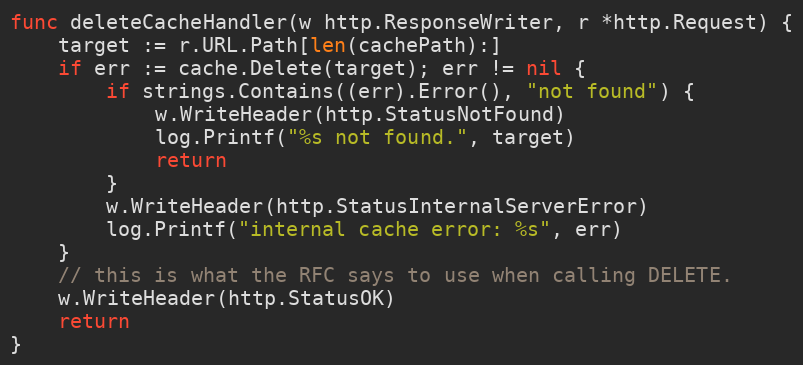
Language: Go
func deleteCacheHandler(w http.ResponseWriter, r *http.Request) {
	target := r.URL.Path[len(cachePath):]
	if err := cache.Delete(target); err != nil {
		if strings.Contains((err).Error(), "not found") {
			w.WriteHeader(http.StatusNotFound)
			log.Printf("%s not found.", target)
			return
		}
		w.WriteHeader(http.StatusInternalServerError)
		log.Printf("internal cache error: %s", err)
	}
	// this is what the RFC says to use when calling DELETE.
	w.WriteHeader(http.StatusOK)
	return
}